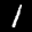
Digit: 1